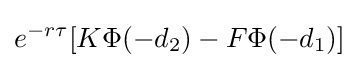
e^{-r\tau }[K\Phi (-d_{2})-F\Phi (-d_{1})]